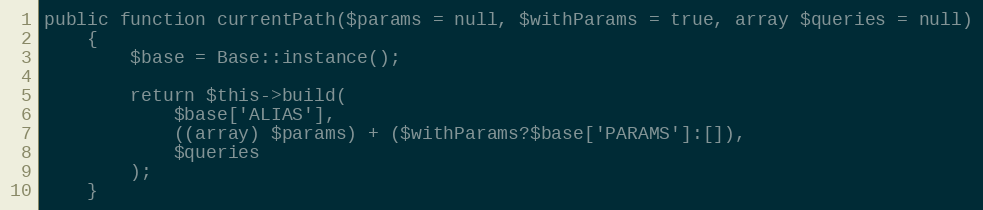
Language: PHP
public function currentPath($params = null, $withParams = true, array $queries = null)
    {
        $base = Base::instance();

        return $this->build(
            $base['ALIAS'],
            ((array) $params) + ($withParams?$base['PARAMS']:[]),
            $queries
        );
    }